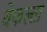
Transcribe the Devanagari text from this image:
वेफल्ता